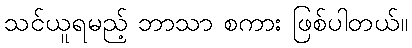
သင်ယူရမည့် ဘာသာ စကား ဖြစ်ပါတယ်။